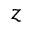
z